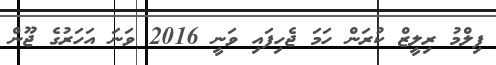
ފިލްމު ރިލީޒް ކުރަން ހަމަ ޖެހިފައި ވަނީ 2016 ވަނަ އަހަރުގެ ޖޫން